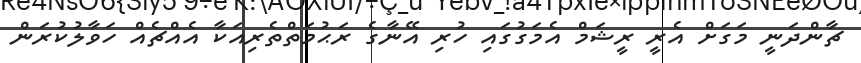
ޗާންދަނީ މަގަށް އެރީ ރީޝަމް އެމަގުގައި ހުރި އޭނާގެ ރަޙުމަތްތެރިއަކާ އެއްޗެއް ހަވާލުކުރަން